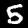
Label: 5